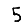
Digit: 5